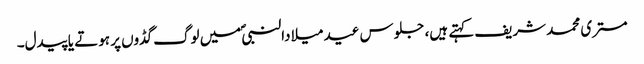
مستری محمد شریف کہتے ہیں، جلوس عید میلادالنبیؐ میں لوگ گڈوں پر ہوتے یا پیدل۔